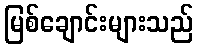
မြစ်ချောင်းများသည်